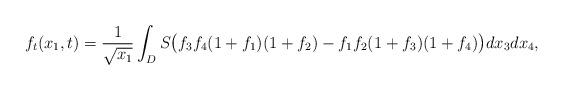
LaTeX: \begin{align*} f_t(x_1,t) = \frac{1}{\sqrt{x_1}}\int_{D}S\big(f_3 f_4(1+f_1)(1+f_2) - f_1f_2(1+f_3)(1+f_4)\big)dx_3dx_4,\end{align*}